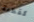
كقطعة